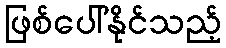
ဖြစ်ပေါ်နိုင်သည့်